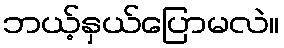
ဘယ့်နှယ်ပြောမလဲ။